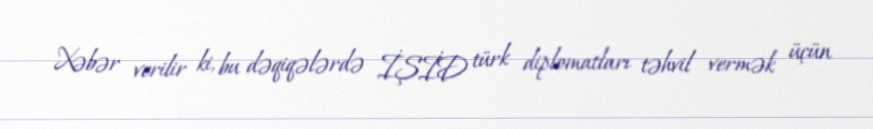
Xəbər verilir ki, bu dəqiqələrdə İŞİD türk diplomatları təhvil vermək üçün